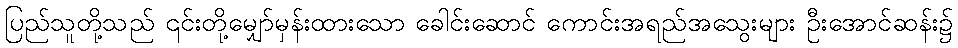
ပြည်သူတို့သည် ၎င်းတို့မျှော်မှန်းထားသော ခေါင်းဆောင် ကောင်းအရည်အသွေးများ ဦးအောင်ဆန်း၌